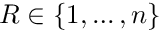
R \in \{ 1 , \ldots , n \}